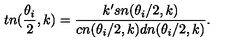
t n ( \frac { \theta _ { i } } { 2 } , k ) = \frac { k ^ { \prime } s n ( \theta _ { i } / 2 , k ) } { c n ( \theta _ { i } / 2 , k ) d n ( \theta _ { i } / 2 , k ) } .